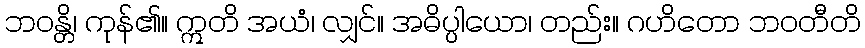
ဘဝန္တိ၊ ကုန်၏။ ဣတိ အယံ၊ လျှင်။ အဓိပ္ပါယော၊ တည်း။ ဂဟိတော ဘဝတီတိ